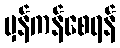
မှန်ကန်စေရန်